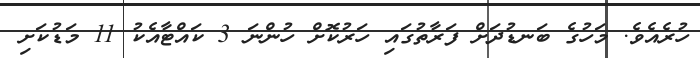
ހުރެއެވެ. މަހުގެ ބަނޑުދަށް ފަރާތުގައި ހަރުކޮށް ހުންނަ 3 ކައްޓާއެކު 11 މަޑުކަށި